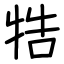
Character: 牿